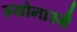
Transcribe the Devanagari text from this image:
स्योनास्मै